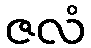
ဇလံ